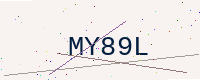
Text: MY89L